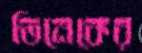
তিনেকের